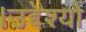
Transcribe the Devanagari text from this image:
।उद्देश्यों